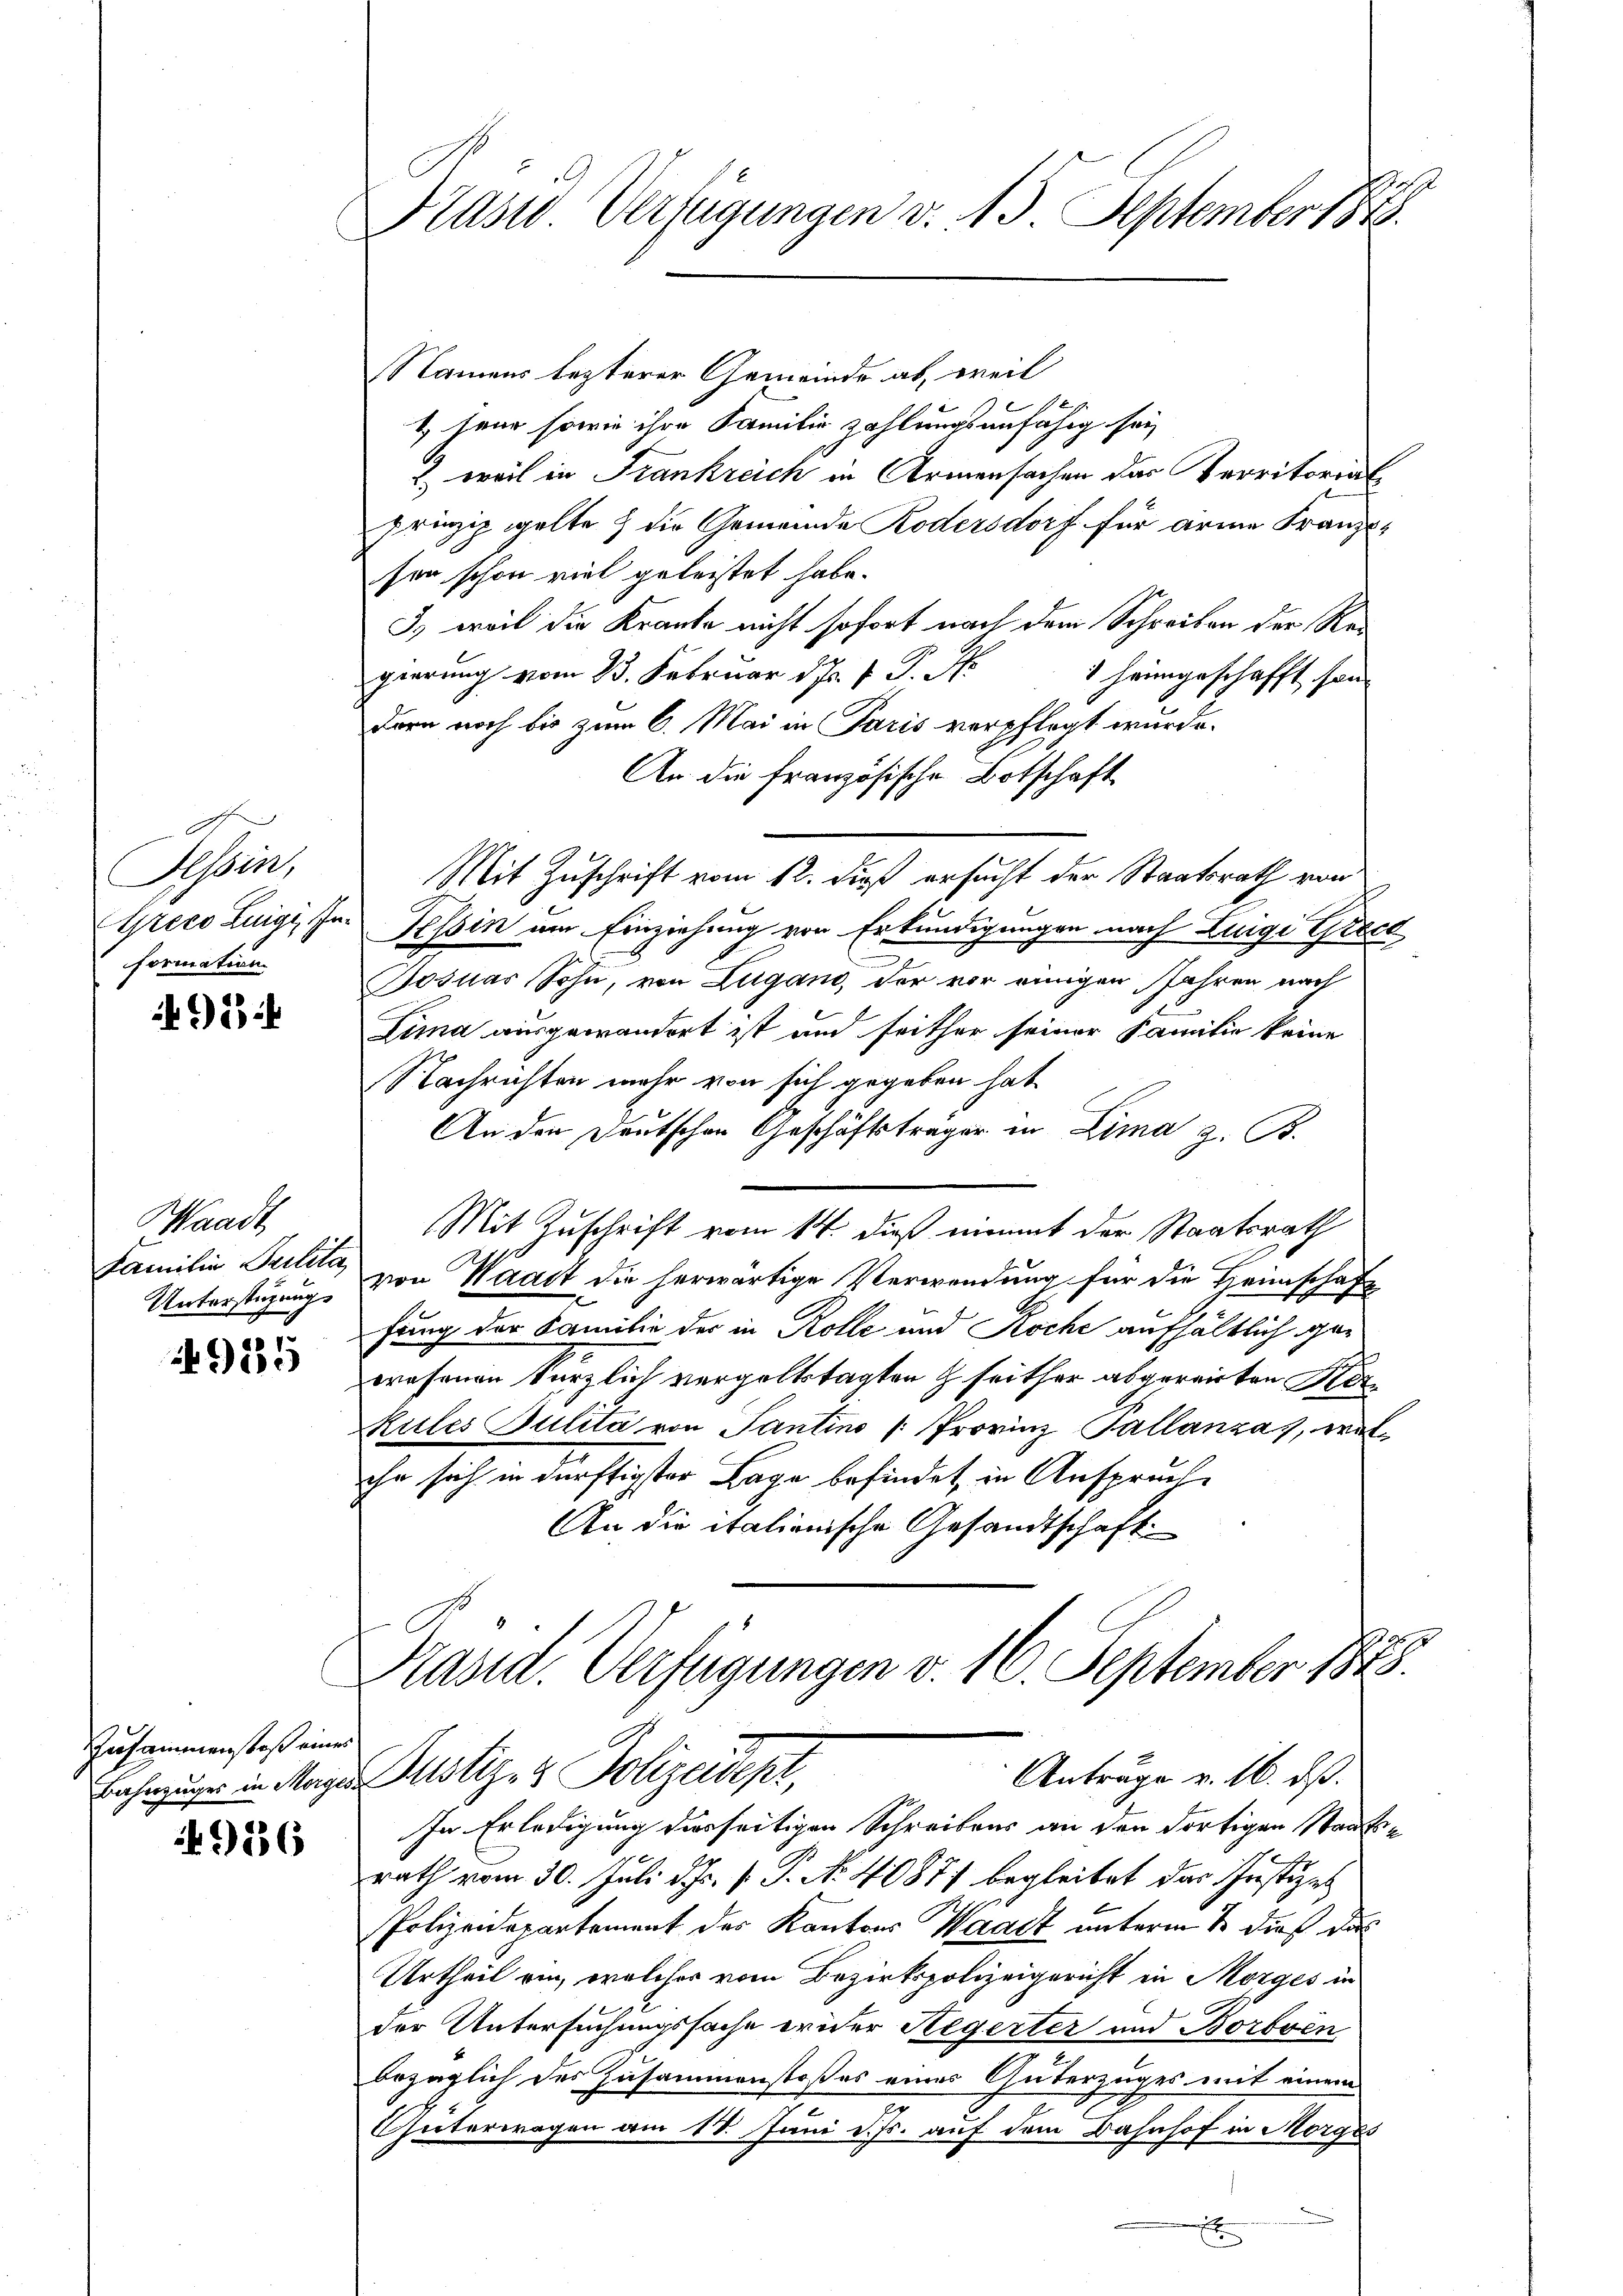
Tessin,
formation

495

Waadt,
Unterstüzungs

185

Zusammenstoß eines

916

Präsid. Verfügungen v. 15. September 188

Namens lezterer Gemeinde ab, weil
1, leur sowie ihre Familie zahlungsunfähig sei
) weil in Frankreich in Armensachen der Territorialprinzip gelte & die Gemeinde Rodersdorf für arme Franzssen schon viel geleistet habe.
3., weil die Kranke nicht sofort nach dem Schreiben der Regierung vom 13. Februar d. Js. v. J. St.
 heimgeschafft son
dern noch bis zum 6. Mai in Paris verpflegt wurde.
An die französische Botschaft
Mit Zuschrift vom 12. dieß ersucht der Staatsrath von
Greco Luigi, zur Tessin um Einziehung von Erkundigungen nach Luigi Brech
Josuas Sohn, von Lugano, der vor einigen Jahren nach
Lima ausgewandert ist und seither seiner Familie keine
Nachrichten mehr von sich gegeben hat
An den Deutschen Geschäftsträger in Lima z. B.
Mit Zuschrift vom 14. dieß nimmt der Staatsrath
Familie Trilita, von Waadt die herwärtige Verwendung für die Heimschaft
fung der Familie der in Kolle und Koche aufhältlich gezwesenen kürzlich vergeltstagten & seither abgereiten Her¬
Rules Julita von Tantino Provinz Pallanza, welihn sich in dürftigster Lage befindet, in Anspruche
An die italienische Gesandtschaft
Pand. Verfügungen v. 16. September 1848.
Anträge v. 16. dß.
ahnzuge in Magen Motiz & Polizeidept,
In Erledigung derseitigen Schreibens an den dortigen Staatss
rath vom 30. Juli d. Js. v. P. No 40877 begleitet das Justizen
Polizeidepartement der Kantons Waadt unterm 8. dieß das
Urtheil ein, welcher vom Bezirkspolizeigericht in Morges in
der Untersuchungssache wider Regerter und Borbven
bezüglich des Zusammenstoßes eines Güterzuges mit einem
Güterwegen am 18. Juni d. Js. auf dem Bahnhof in Morges
x